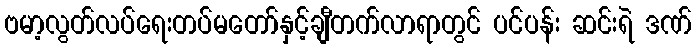
ဗမာ့လွတ်လပ်ရေးတပ်မတော်နှင့်ချီတက်လာရာတွင် ပင်ပန်း ဆင်းရဲ ဒဏ်